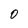
Character: 0